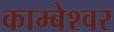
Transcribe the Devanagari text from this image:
काम्बेश्वर